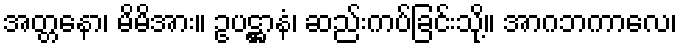
အတ္တနော၊ မိမိအား။ ဥပဋ္ဌာနံ၊ ဆည်းကပ်ခြင်းသို့။ အာဂဘကာလေ၊